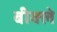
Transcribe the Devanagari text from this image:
बीक्ले